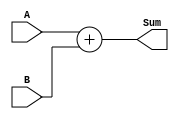
module add_to_ImmExt (
    A, B, Sum
);
    input [31:0] A, B;
    output wire [31:0] Sum;
    /////////////////////////////////////
    assign Sum = A + B;
endmodule